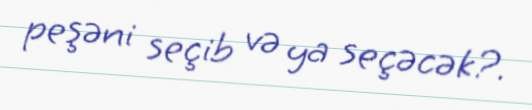
peşəni seçib və ya seçəcək?.